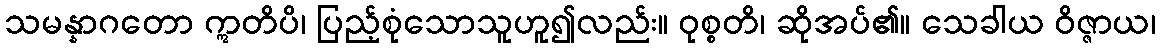
သမန္နာဂတော ဣတိပိ၊ ပြည့်စုံသောသူဟူ၍လည်း။ ဝုစ္စတိ၊ ဆိုအပ်၏။ သေခါယ ဝိဇ္ဇာယ၊